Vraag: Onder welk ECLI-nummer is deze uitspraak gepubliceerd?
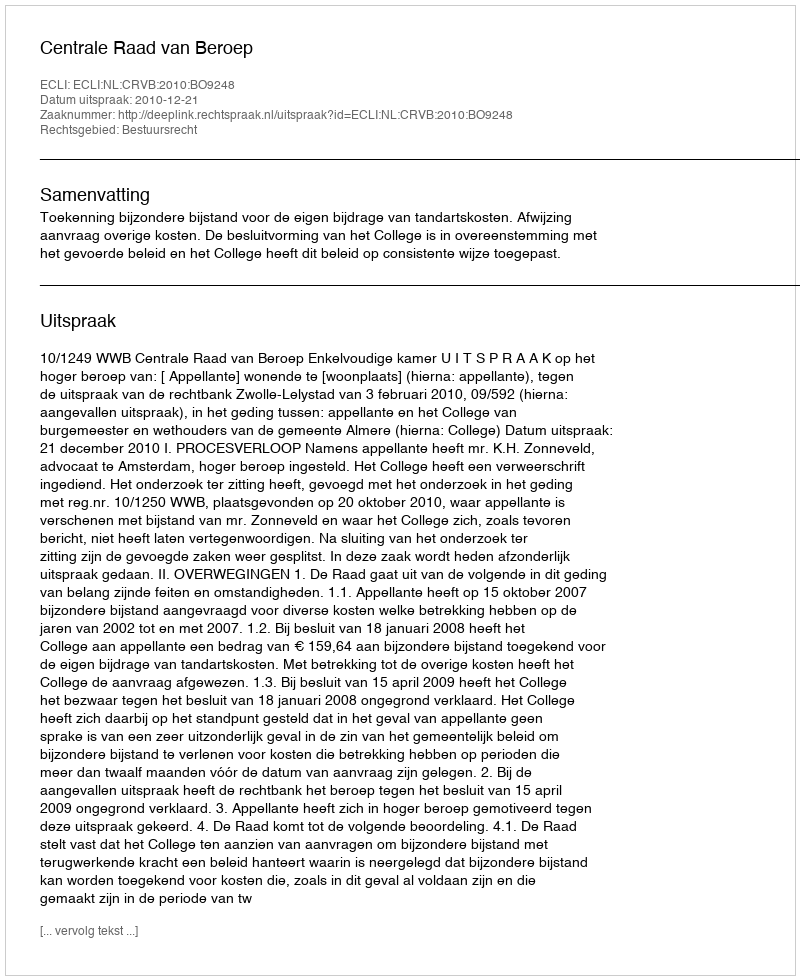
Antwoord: ECLI:NL:CRVB:2010:BO9248